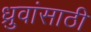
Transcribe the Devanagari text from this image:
ध्रुवांसाठी